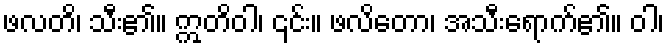
ဖလတိ၊ သီး၏။ ဣတိဝါ၊ ၎င်း။ ဖလိတော၊ အသီးရောက်၏။ ဝါ၊